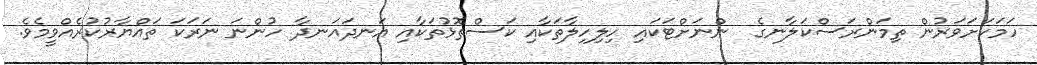
ހަމަކަށަވަރުން ތިމަންރަސްކަލާނގެ  ންނަށްޓަކައި ހިލިހިލާތަކާއި ކަސްތޮޅުތަކާއި އަނދައަނދާ ހުންނަ ނަރަކަ ތައްޔާރުކުރެއްވީމެވެ.